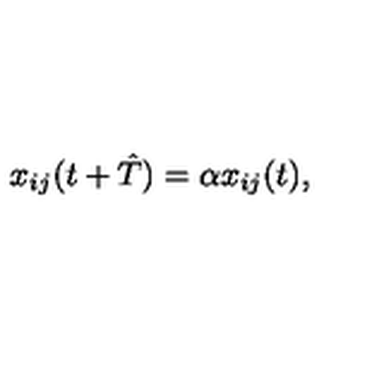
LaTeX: x _ { i j } ( t + \hat { T } ) = \alpha x _ { i j } ( t ) ,